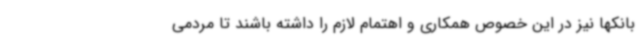
بانکها نیز در این خصوص همکاری و اهتمام لازم را داشته باشند تا مردمی